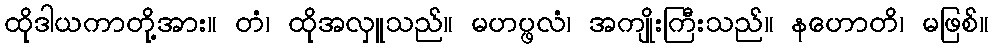
ထိုဒါယကာတို့အား။ တံ၊ ထိုအလှူသည်။ မဟပ္ဖလံ၊ အကျိုးကြီးသည်။ နဟောတိ၊ မဖြစ်။